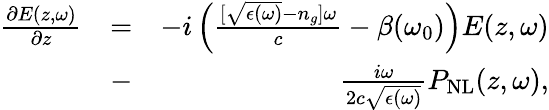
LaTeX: \begin{array}{rlr}{\frac{\partial E(z,\omega)}{\partial z}}&{=}&{-i\left(\frac{[\sqrt{\epsilon(\omega)}-n_{g}]\omega}{c}-\beta(\omega_{0})\right)E(z,\omega)}\\ &{-}&{\frac{i\omega}{2c\sqrt{\epsilon(\omega)}}P_{\mathrm{NL}}(z,\omega),}\end{array}